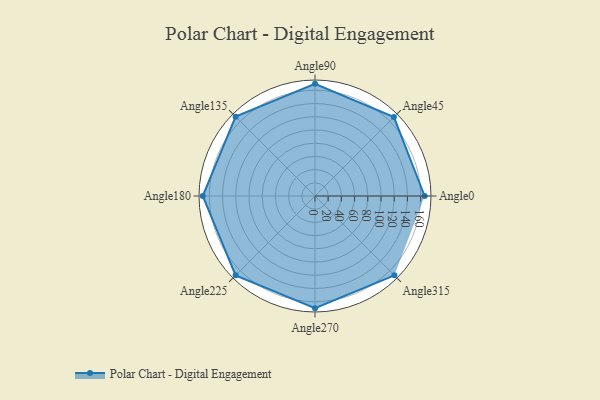
{"axis": {"x": "Angle", "y": "Radius"}, "legend": [""], "data": [{"x": "Angle0", "y": 166.0, "type": ""}, {"x": "Angle45", "y": 169.0, "type": ""}, {"x": "Angle90", "y": 170, "type": ""}, {"x": "Angle135", "y": 170, "type": ""}, {"x": "Angle180", "y": 170, "type": ""}, {"x": "Angle225", "y": 170, "type": ""}, {"x": "Angle270", "y": 170, "type": ""}, {"x": "Angle315", "y": 170, "type": ""}]}